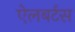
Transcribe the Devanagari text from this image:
ऐलबर्टस